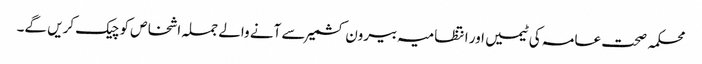
محکمہ صحت عامہ کی ٹیمیں اور انتظامیہ بیرون کشمیر سے آنے والے جملہ اشخاص کو چیک کریں گے۔